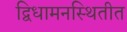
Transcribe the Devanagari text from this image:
द्विधामनस्थितीत